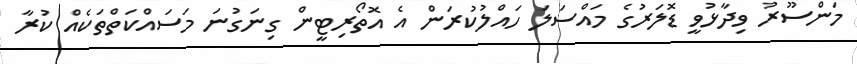
މަންސޫރު ވިދާޅުވީ ޑޮލަރުގެ މައްސަލަ ހައްލުކުރަން އެ އޮތޯރިޓީން ގިނަގުނަ މަސައްކަތްތަކެއް ކުރާ